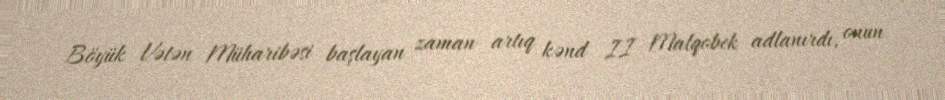
Böyük Vətən Müharibəsi başlayan zaman artıq kənd II Malqobek adlanırdı, onun